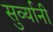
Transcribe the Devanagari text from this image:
सुर्व्यानी